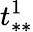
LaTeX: t_{**}^{1}